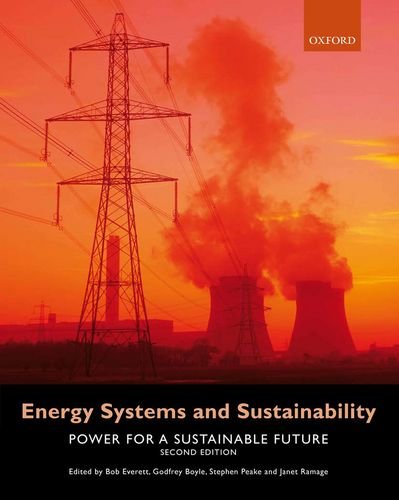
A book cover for Energy Systems and Sustainability: Power for a Sustainable Future; Business & Money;